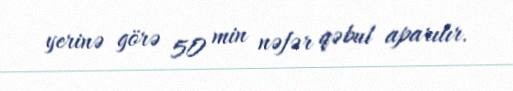
yerinə görə 50 min nəfər qəbul aparılır.